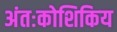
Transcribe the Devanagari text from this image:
अंतःकोशिकिय